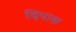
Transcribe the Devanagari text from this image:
दिपास